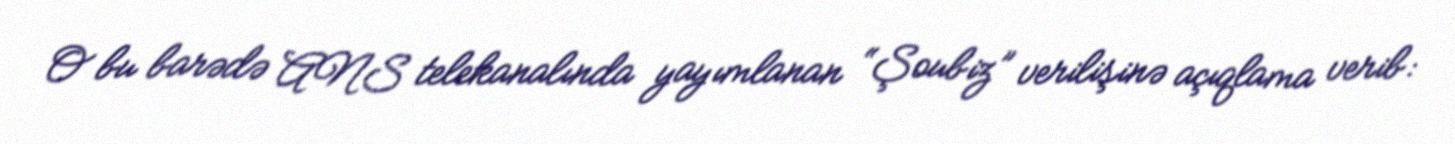
O bu barədə ANS telekanalında yayımlanan “Şoubiz” verilişinə açıqlama verib: